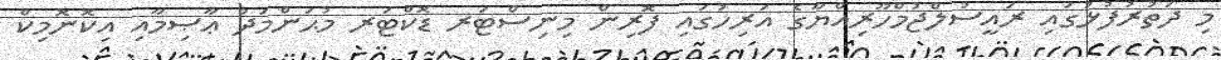
މި ދަތުރުފުޅުގައި ރައީސުލްޖުމްހޫރިއްޔާގެ އަރިހުގައި ފޮރިން މިނިސްޓަރ ޑޮކްޓަރ މުޙަންމަދު ޢާޞިމާއި އިކޮނޮމިކް